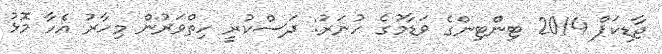
ޖާޑިކަޕް 2014 ޓިންޓިންގެ ވަޑާމުގެ ހުނަރު: ދަސްކުރީ ހިތްވަރުން މިހާރު އެހާ މޮޅު